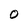
Character: O